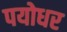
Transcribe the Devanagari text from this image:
पयोधर